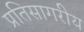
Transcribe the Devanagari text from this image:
प्रतिसागरीय